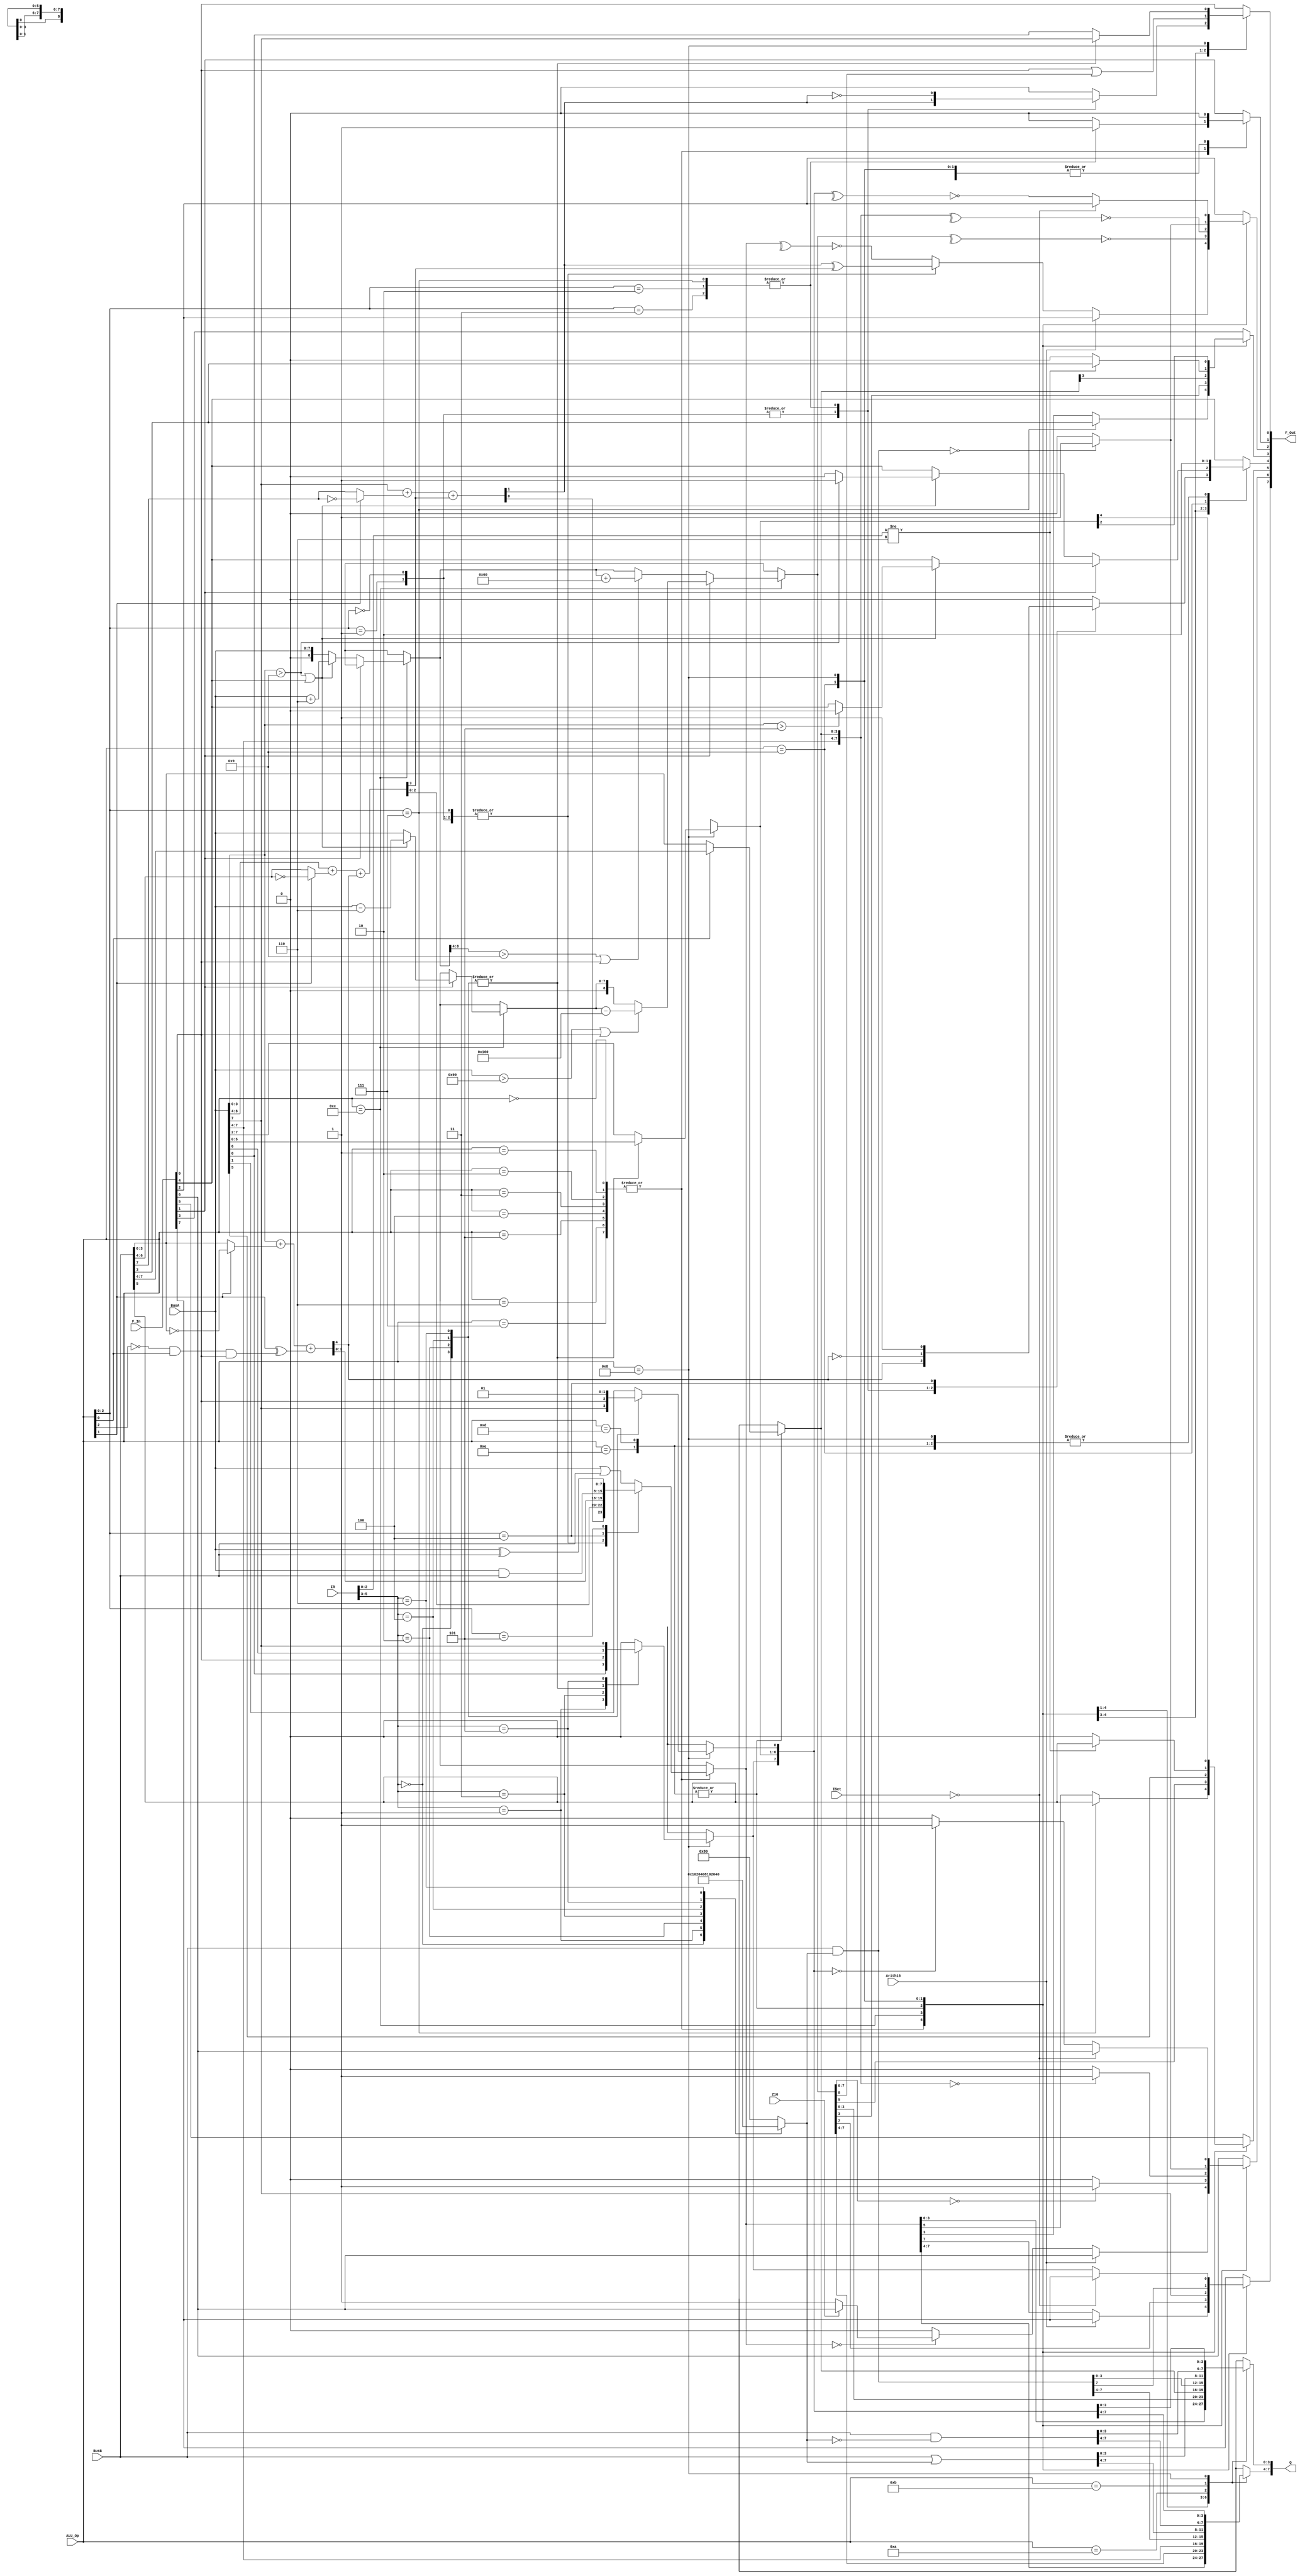
//
// TV80 8-Bit Microprocessor Core
// Based on the VHDL T80 core by Daniel Wallner (jesus@opencores.org)
//
// Copyright (c) 2004 Guy Hutchison (ghutchis@opencores.org)
//
// Permission is hereby granted, free of charge, to any person obtaining a 
// copy of this software and associated documentation files (the "Software"), 
// to deal in the Software without restriction, including without limitation 
// the rights to use, copy, modify, merge, publish, distribute, sublicense, 
// and/or sell copies of the Software, and to permit persons to whom the 
// Software is furnished to do so, subject to the following conditions:
//
// The above copyright notice and this permission notice shall be included 
// in all copies or substantial portions of the Software.
//
// THE SOFTWARE IS PROVIDED "AS IS", WITHOUT WARRANTY OF ANY KIND, 
// EXPRESS OR IMPLIED, INCLUDING BUT NOT LIMITED TO THE WARRANTIES OF 
// MERCHANTABILITY, FITNESS FOR A PARTICULAR PURPOSE AND NONINFRINGEMENT. 
// IN NO EVENT SHALL THE AUTHORS OR COPYRIGHT HOLDERS BE LIABLE FOR ANY 
// CLAIM, DAMAGES OR OTHER LIABILITY, WHETHER IN AN ACTION OF CONTRACT, 
// TORT OR OTHERWISE, ARISING FROM, OUT OF OR IN CONNECTION WITH THE 
// SOFTWARE OR THE USE OR OTHER DEALINGS IN THE SOFTWARE.

module tv80_alu (/*AUTOARG*/
  // Outputs
  Q, F_Out, 
  // Inputs
  Arith16, Z16, ALU_Op, IR, ISet, BusA, BusB, F_In
  );

  parameter		Mode   = 0;
  parameter		Flag_C = 0;
  parameter		Flag_N = 1;
  parameter		Flag_P = 2;
  parameter		Flag_X = 3;
  parameter		Flag_H = 4;
  parameter		Flag_Y = 5;
  parameter		Flag_Z = 6;
  parameter		Flag_S = 7;

  input 		Arith16;
  input 		Z16;
  input [3:0]           ALU_Op ;
  input [5:0]           IR;
  input [1:0]           ISet;
  input [7:0]           BusA;
  input [7:0]           BusB;
  input [7:0]           F_In;
  output [7:0]          Q;
  output [7:0]          F_Out;
  reg [7:0]             Q;
  reg [7:0]             F_Out;

  function [4:0] AddSub4;
    input [3:0] A;
    input [3:0] B;
    input Sub;
    input Carry_In;
    begin
      AddSub4 = { 1'b0, A } + { 1'b0, (Sub)?~B:B } + {4'h0,Carry_In};
    end
  endfunction // AddSub4
  
  function [3:0] AddSub3;
    input [2:0] A;
    input [2:0] B;
    input Sub;
    input Carry_In;
    begin
      AddSub3 = { 1'b0, A } + { 1'b0, (Sub)?~B:B } + {3'h0,Carry_In};
    end
  endfunction // AddSub4

  function [1:0] AddSub1;
    input A;
    input B;
    input Sub;
    input Carry_In;
    begin
      AddSub1 = { 1'b0, A } + { 1'b0, (Sub)?~B:B } + {1'h0,Carry_In};
    end
  endfunction // AddSub4

  // AddSub variables (temporary signals)
  reg UseCarry;
  reg Carry7_v;
  reg OverFlow_v;
  reg HalfCarry_v;
  reg Carry_v;
  reg [7:0] Q_v;

  reg [7:0] BitMask;


  always @(/*AUTOSENSE*/ALU_Op or BusA or BusB or F_In or IR)
    begin
      case (IR[5:3])
        3'b000 : BitMask = 8'b00000001;
        3'b001 : BitMask = 8'b00000010;
        3'b010 : BitMask = 8'b00000100; 
        3'b011 : BitMask = 8'b00001000; 
        3'b100 : BitMask = 8'b00010000; 
        3'b101 : BitMask = 8'b00100000; 
        3'b110 : BitMask = 8'b01000000; 
        default: BitMask = 8'b10000000; 
      endcase // case(IR[5:3])
      
      UseCarry = ~ ALU_Op[2] && ALU_Op[0];
      { HalfCarry_v, Q_v[3:0] } = AddSub4(BusA[3:0], BusB[3:0], ALU_Op[1], ALU_Op[1] ^ (UseCarry && F_In[Flag_C]) );
      { Carry7_v, Q_v[6:4]  } = AddSub3(BusA[6:4], BusB[6:4], ALU_Op[1], HalfCarry_v);
      { Carry_v, Q_v[7] } = AddSub1(BusA[7], BusB[7], ALU_Op[1], Carry7_v);
      OverFlow_v = Carry_v ^ Carry7_v;
    end // always @ *
  
  reg [7:0] Q_t;
  reg [8:0] DAA_Q;
  
  always @ (/*AUTOSENSE*/ALU_Op or Arith16 or BitMask or BusA or BusB
	    or Carry_v or F_In or HalfCarry_v or IR or ISet
	    or OverFlow_v or Q_v or Z16)
    begin
      Q_t = 8'hxx;
      DAA_Q = {9{1'bx}};
      
      F_Out = F_In;
      case (ALU_Op)
	4'b0000, 4'b0001,  4'b0010, 4'b0011, 4'b0100, 4'b0101, 4'b0110, 4'b0111 :
          begin
	    F_Out[Flag_N] = 1'b0;
	    F_Out[Flag_C] = 1'b0;
            
	    case (ALU_Op[2:0])
              
	      3'b000, 3'b001 : // ADD, ADC
                begin
		  Q_t = Q_v;
		  F_Out[Flag_C] = Carry_v;
		  F_Out[Flag_H] = HalfCarry_v;
		  F_Out[Flag_P] = OverFlow_v;
                end
              
	      3'b010, 3'b011, 3'b111 : // SUB, SBC, CP
                begin
		  Q_t = Q_v;
		  F_Out[Flag_N] = 1'b1;
		  F_Out[Flag_C] = ~ Carry_v;
		  F_Out[Flag_H] = ~ HalfCarry_v;
		  F_Out[Flag_P] = OverFlow_v;
                end
              
	      3'b100 : // AND
                begin
		  Q_t[7:0] = BusA & BusB;
		  F_Out[Flag_H] = 1'b1;
                end
              
	      3'b101 : // XOR
                begin
		  Q_t[7:0] = BusA ^ BusB;
		  F_Out[Flag_H] = 1'b0;
                end
              
	      default : // OR 3'b110
                begin
		  Q_t[7:0] = BusA | BusB;
		  F_Out[Flag_H] = 1'b0;
                end
              
	    endcase // case(ALU_OP[2:0])
            
	    if (ALU_Op[2:0] == 3'b111 ) 
              begin // CP
		F_Out[Flag_X] = BusB[3];
		F_Out[Flag_Y] = BusB[5];
	      end 
            else 
              begin
		F_Out[Flag_X] = Q_t[3];
		F_Out[Flag_Y] = Q_t[5];
	      end
            
	    if (Q_t[7:0] == 8'b00000000 ) 
              begin
		F_Out[Flag_Z] = 1'b1;
		if (Z16 == 1'b1 ) 
                  begin
		    F_Out[Flag_Z] = F_In[Flag_Z];	// 16 bit ADC,SBC
		  end
	      end 
            else 
              begin
		F_Out[Flag_Z] = 1'b0;
	      end // else: !if(Q_t[7:0] == 8'b00000000 )
            
	    F_Out[Flag_S] = Q_t[7];
	    case (ALU_Op[2:0])
	      3'b000, 3'b001, 3'b010, 3'b011, 3'b111 : // ADD, ADC, SUB, SBC, CP
                ;
              
	      default :
	        F_Out[Flag_P] = ~(^Q_t);                    
	    endcase // case(ALU_Op[2:0])
            
	    if (Arith16 == 1'b1 ) 
              begin
		F_Out[Flag_S] = F_In[Flag_S];
		F_Out[Flag_Z] = F_In[Flag_Z];
		F_Out[Flag_P] = F_In[Flag_P];
	      end
          end // case: 4'b0000, 4'b0001,  4'b0010, 4'b0011, 4'b0100, 4'b0101, 4'b0110, 4'b0111
        
	4'b1100 :
          begin
	    // DAA
	    F_Out[Flag_H] = F_In[Flag_H];
	    F_Out[Flag_C] = F_In[Flag_C];
	    DAA_Q[7:0] = BusA;
	    DAA_Q[8] = 1'b0;
	    if (F_In[Flag_N] == 1'b0 ) 
              begin
		// After addition
		// Alow > 9 || H == 1
		if (DAA_Q[3:0] > 9 || F_In[Flag_H] == 1'b1 ) 
                  begin
		    if ((DAA_Q[3:0] > 9) ) 
                      begin
			F_Out[Flag_H] = 1'b1;
		      end 
                    else 
                      begin
			F_Out[Flag_H] = 1'b0;
		      end
		    DAA_Q = DAA_Q + 6;
		  end // if (DAA_Q[3:0] > 9 || F_In[Flag_H] == 1'b1 )
                
		// new Ahigh > 9 || C == 1
		if (DAA_Q[8:4] > 9 || F_In[Flag_C] == 1'b1 ) 
                  begin
		    DAA_Q = DAA_Q + 96; // 0x60
		  end
	      end 
            else 
              begin
		// After subtraction
		if (DAA_Q[3:0] > 9 || F_In[Flag_H] == 1'b1 ) 
                  begin
		    if (DAA_Q[3:0] > 5 ) 
                      begin
			F_Out[Flag_H] = 1'b0;
		      end
		    DAA_Q[7:0] = DAA_Q[7:0] - 6;
		  end
		if (BusA > 153 || F_In[Flag_C] == 1'b1 ) 
                  begin
		    DAA_Q = DAA_Q - 352; // 0x160
		  end
	      end // else: !if(F_In[Flag_N] == 1'b0 )
            
	    F_Out[Flag_X] = DAA_Q[3];
	    F_Out[Flag_Y] = DAA_Q[5];
	    F_Out[Flag_C] = F_In[Flag_C] || DAA_Q[8];
	    Q_t = DAA_Q[7:0];
            
	    if (DAA_Q[7:0] == 8'b00000000 ) 
              begin
		F_Out[Flag_Z] = 1'b1;
	      end 
            else 
              begin
		F_Out[Flag_Z] = 1'b0;
	      end
            
	    F_Out[Flag_S] = DAA_Q[7];
	    F_Out[Flag_P] = ~ (^DAA_Q);
          end // case: 4'b1100
        
	4'b1101, 4'b1110 :
          begin
	    // RLD, RRD
	    Q_t[7:4] = BusA[7:4];
	    if (ALU_Op[0] == 1'b1 ) 
              begin
		Q_t[3:0] = BusB[7:4];
	      end 
            else 
              begin
		Q_t[3:0] = BusB[3:0];
	      end
	    F_Out[Flag_H] = 1'b0;
	    F_Out[Flag_N] = 1'b0;
	    F_Out[Flag_X] = Q_t[3];
	    F_Out[Flag_Y] = Q_t[5];
	    if (Q_t[7:0] == 8'b00000000 ) 
              begin
		F_Out[Flag_Z] = 1'b1;
	      end 
            else 
              begin
		F_Out[Flag_Z] = 1'b0;
	      end
	    F_Out[Flag_S] = Q_t[7];
            F_Out[Flag_P] = ~(^Q_t);
          end // case: when 4'b1101, 4'b1110
        
	4'b1001 :
          begin
	    // BIT
	    Q_t[7:0] = BusB & BitMask;
	    F_Out[Flag_S] = Q_t[7];
	    if (Q_t[7:0] == 8'b00000000 ) 
              begin
		F_Out[Flag_Z] = 1'b1;
		F_Out[Flag_P] = 1'b1;
	      end 
            else 
              begin
		F_Out[Flag_Z] = 1'b0;
		F_Out[Flag_P] = 1'b0;
	      end
	    F_Out[Flag_H] = 1'b1;
	    F_Out[Flag_N] = 1'b0;
	    F_Out[Flag_X] = 1'b0;
	    F_Out[Flag_Y] = 1'b0;
	    if (IR[2:0] != 3'b110 ) 
              begin
		F_Out[Flag_X] = BusB[3];
		F_Out[Flag_Y] = BusB[5];
	      end
          end // case: when 4'b1001
        
	4'b1010 :
	  // SET
	  Q_t[7:0] = BusB | BitMask;
        
	4'b1011 :
	  // RES
	  Q_t[7:0] = BusB & ~ BitMask;
        
	4'b1000 :
          begin
	    // ROT
	    case (IR[5:3])
	      3'b000 : // RLC
                begin
		  Q_t[7:1] = BusA[6:0];
		  Q_t[0] = BusA[7];
		  F_Out[Flag_C] = BusA[7];
                end
              
	      3'b010 : // RL
                begin
		  Q_t[7:1] = BusA[6:0];
		  Q_t[0] = F_In[Flag_C];
		  F_Out[Flag_C] = BusA[7];
                end
              
	      3'b001 : // RRC
                begin
		  Q_t[6:0] = BusA[7:1];
		  Q_t[7] = BusA[0];
		  F_Out[Flag_C] = BusA[0];
                end
              
	      3'b011 : // RR
                begin                        
		  Q_t[6:0] = BusA[7:1];
		  Q_t[7] = F_In[Flag_C];
		  F_Out[Flag_C] = BusA[0];
                end
              
	      3'b100 : // SLA
                begin
		  Q_t[7:1] = BusA[6:0];
		  Q_t[0] = 1'b0;
		  F_Out[Flag_C] = BusA[7];
                end
              
	      3'b110 : // SLL (Undocumented) / SWAP
                begin
		  if (Mode == 3 ) 
                    begin
		      Q_t[7:4] = BusA[3:0];
		      Q_t[3:0] = BusA[7:4];
		      F_Out[Flag_C] = 1'b0;                            
		    end 
                  else 
                    begin
		      Q_t[7:1] = BusA[6:0];
		      Q_t[0] = 1'b1;
		      F_Out[Flag_C] = BusA[7];
		    end // else: !if(Mode == 3 )
                end // case: 3'b110
              
	      3'b101 : // SRA
                begin
		  Q_t[6:0] = BusA[7:1];
		  Q_t[7] = BusA[7];
		  F_Out[Flag_C] = BusA[0];
                end
              
	      default : // SRL
                begin
		  Q_t[6:0] = BusA[7:1];
		  Q_t[7] = 1'b0;
		  F_Out[Flag_C] = BusA[0];
                end
	    endcase // case(IR[5:3])
            
	    F_Out[Flag_H] = 1'b0;
	    F_Out[Flag_N] = 1'b0;
	    F_Out[Flag_X] = Q_t[3];
	    F_Out[Flag_Y] = Q_t[5];
	    F_Out[Flag_S] = Q_t[7];
	    if (Q_t[7:0] == 8'b00000000 ) 
              begin
		F_Out[Flag_Z] = 1'b1;
	      end 
            else 
              begin
		F_Out[Flag_Z] = 1'b0;
	      end
            F_Out[Flag_P] = ~(^Q_t);

	    if (ISet == 2'b00 ) 
              begin
		F_Out[Flag_P] = F_In[Flag_P];
		F_Out[Flag_S] = F_In[Flag_S];
		F_Out[Flag_Z] = F_In[Flag_Z];
	      end
          end // case: 4'b1000
        
        
	default :
	  ;
        
      endcase // case(ALU_Op)
      
      Q = Q_t;
    end // always @ (Arith16, ALU_OP, F_In, BusA, BusB, IR, Q_v, Carry_v, HalfCarry_v, OverFlow_v, BitMask, ISet, Z16)
  
endmodule // T80_ALU